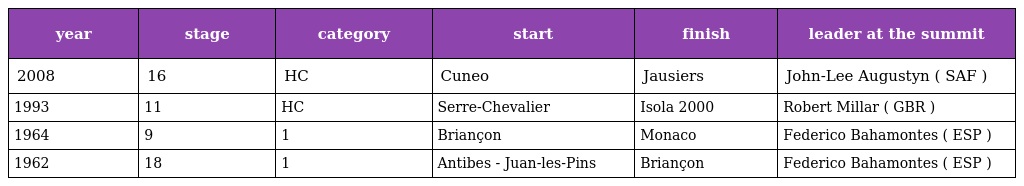
| year | stage | category | start | finish | leader at the summit |
 | --- | --- | --- | --- | --- | --- |
 | 2008 | 16 | HC | Cuneo | Jausiers | John-Lee Augustyn ( SAF ) |
 | 1993 | 11 | HC | Serre-Chevalier | Isola 2000 | Robert Millar ( GBR ) |
 | 1964 | 9 | 1 | Briançon | Monaco | Federico Bahamontes ( ESP ) |
 | 1962 | 18 | 1 | Antibes - Juan-les-Pins | Briançon | Federico Bahamontes ( ESP ) |